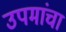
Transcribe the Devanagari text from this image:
उपमांचा